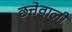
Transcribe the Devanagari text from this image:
छत्तेवाली